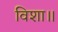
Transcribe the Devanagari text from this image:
विशा॥